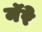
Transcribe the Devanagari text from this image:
मॅरे